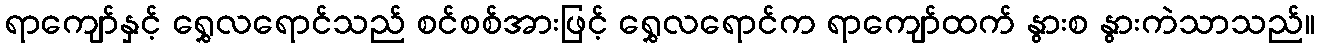
ရာကျော်နှင့် ရွှေလရောင်သည် စင်စစ်အားဖြင့် ရွှေလရောင်က ရာကျော်ထက် နွားစ နွားကဲသာသည်။